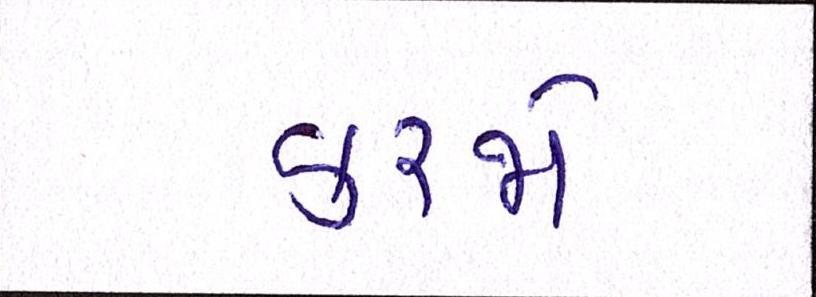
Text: કરજો